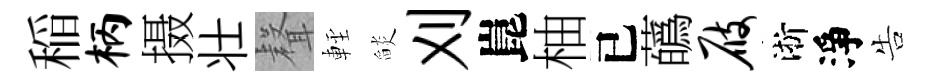
稲柄摄壮𮋻䡖𦦨刈崑柚已蘤屐淅淨告